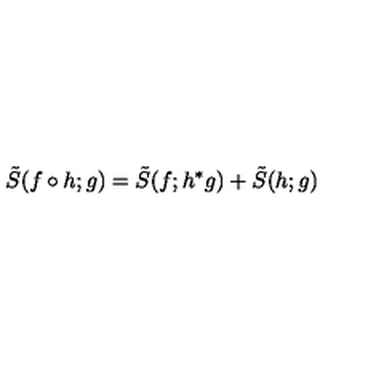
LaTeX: \tilde { S } ( f \circ h ; g ) = \tilde { S } ( f ; h ^ { \ast } g ) + \tilde { S } ( h ; g )